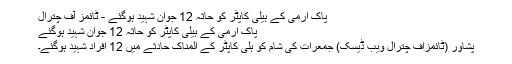
پاک آرمی کے ہیلی کاپٹر کو حاثہ 12 جوان شہید ہوگئے - ٹائمز آف چترال
پاک آرمی کے ہیلی کاپٹر کو حاثہ 12 جوان شہید ہوگئے
پشاور (ٹائمزآف چترال ویب ڈیسک) جمعرات کی شام کو ہلی کاپٹر کے المناک حادثے میں 12 افراد شہید ہوگئے۔